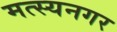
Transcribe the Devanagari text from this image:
मत्स्यनगर